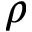
\rho